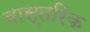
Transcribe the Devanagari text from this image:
वास्तरिक